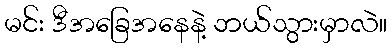
မင်း ဒီအခြေအနေနဲ့ ဘယ်သွားမှာလဲ။